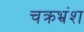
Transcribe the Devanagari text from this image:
चक्रभ्रंश